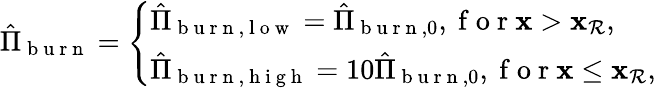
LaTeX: \begin{array}{r}{\hat{\Pi}_{\mathrm{~b~u~r~n~}}=\left\{ \begin{array}{ll}{\hat{\Pi}_{\mathrm{~b~u~r~n~},\mathrm{~l~o~w~}}=\hat{\Pi}_{\mathrm{~b~u~r~n~},0},\mathrm{~f~o~r~}\mathbf{x}>\mathbf{x}_{\mathcal{R}},}\\ {\hat{\Pi}_{\mathrm{~b~u~r~n~},\mathrm{~h~i~g~h~}}=10\hat{\Pi}_{\mathrm{~b~u~r~n~},0},\mathrm{~f~o~r~}\mathbf{x}\le\mathbf{x}_{\mathcal{R}},}\end{array}\right.}\end{array}